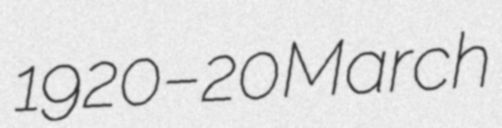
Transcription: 1920 – 20 March